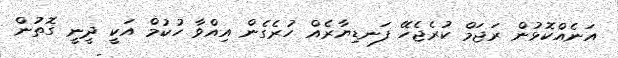
އަނެއްކޮޅުން ރަޖަމް ކުރެޖެހޭ ފަނޑިޔާރެއް ހުރެގެން އިއްވާ ހުކުމް އަކީ ދީނީ ގޮތުން